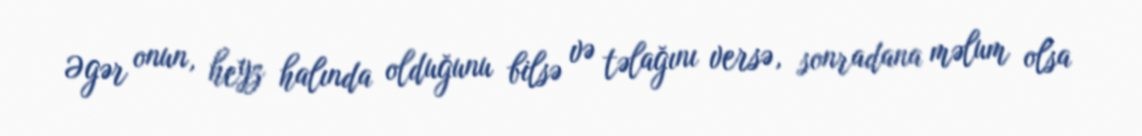
Əgər onun, heyz halında olduğunu bilsə və təlağını versə, sonradana məlum olsa